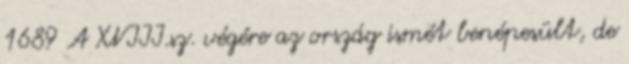
1689 A XVIII.sz. végére az ország ismét benépesült, de